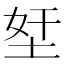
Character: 𡋖